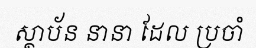
ស្ថាប័ន នានា ដែល ប្រចាំ